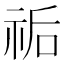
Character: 𥙐